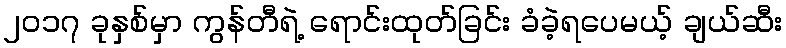
၂၀၁၇ ခုနှစ်မှာ ကွန်တီရဲ့ ရောင်းထုတ်ခြင်း ခံခဲ့ရပေမယ့် ချယ်ဆီး